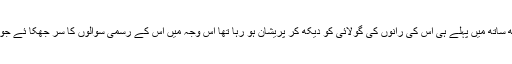
اور اس کے ساتھ ساتھ میں پہلے ہی اس کی رانوں کی گولائی کو دیکھ کر پریشان ہو رہا تھا اس وجہ میں اس کے رسمی سوالوں کا سر جھکا ئے جواب دے رہا تھا ۔